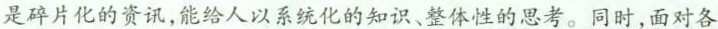
是碎片化的资讯，能给人以系统化的知识、整体性的思考。同时，面对各